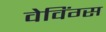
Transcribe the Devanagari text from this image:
वेविंग्स